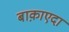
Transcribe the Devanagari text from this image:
बाक़ाएदा